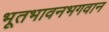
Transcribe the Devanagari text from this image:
भूतभावनभगवान